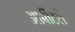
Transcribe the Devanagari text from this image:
आर्बीटरी